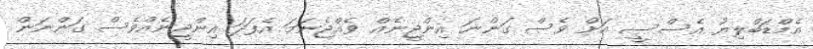
އެމްޑަބްލިޔު އެސްސީ އަށް ވެސް ގަންނަ އިންޖީނެއް ވެއްޖެނަމަ އެފަދަ އިންޖީނެއްވެސް ގަންނަން